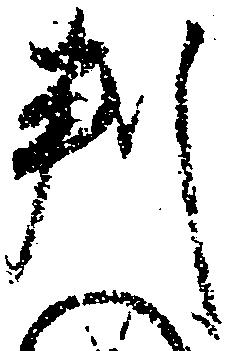
判